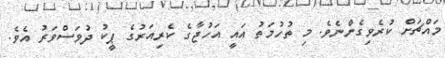
މައްޗަށް ކުރެވިގެންނެވެ. މި ތުހުމަތު އައީ އަހުޖާގެ ކެރިއަރުގެ ޕީކު ދުވަސްވަރު އެވެ.